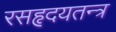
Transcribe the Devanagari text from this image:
रसहृदयतन्त्र